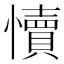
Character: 𭟐